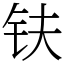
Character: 𫓧